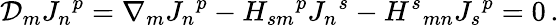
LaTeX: {\cal\mathcal{D}}_{m}{J_{n}}^{p}=\nabla_{m}{J_{n}}^{p}-H_{sm}{}^{p}{J_{n}}^{s}-{H^{s}}_{mn}{J_{s}}^{p}=0\, .